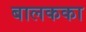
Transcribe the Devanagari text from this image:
बालकका